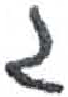
אות: ג